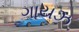
ગાયઝ